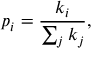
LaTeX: p _ { i } = { \frac { k _ { i } } { \sum _ { j } k _ { j } } } ,